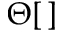
\Theta [ \, ]